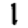
Digit: 1